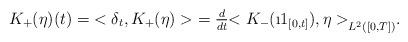
LaTeX: \begin{align*}K_{+}(\eta)(t) = {<\delta_t, K_{+}(\eta)>} = \tfrac{d}{dt} {<K_{-}(\i1_{[0,t]}),\eta>}_{L^2([0,T])}.\end{align*}